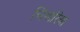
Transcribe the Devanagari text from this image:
चिंगारिया